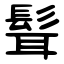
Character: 髶